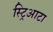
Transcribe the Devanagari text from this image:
स्ट्रिआटा